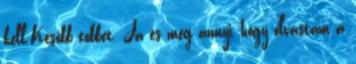
kell.Később többet. Ja és még annyi, hogy olvastam a